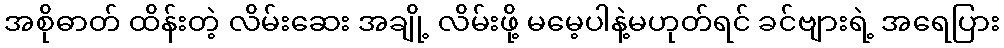
အစိုဓာတ် ထိန်းတဲ့ လိမ်းဆေး အချို့ လိမ်းဖို့ မမေ့ပါနဲ့မဟုတ်ရင် ခင်ဗျားရဲ့ အရေပြား